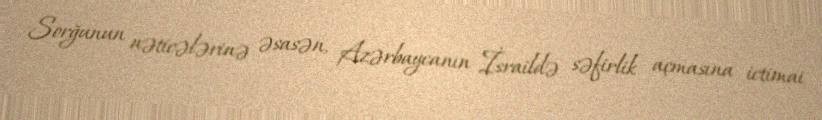
Sorğunun nəticələrinə əsasən, Azərbaycanın İsraildə səfirlik açmasına ictimai